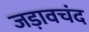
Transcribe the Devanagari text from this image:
जड़ावचंद